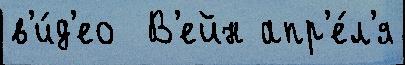
в'и́д'ео  В'ейн апр'е́л'я